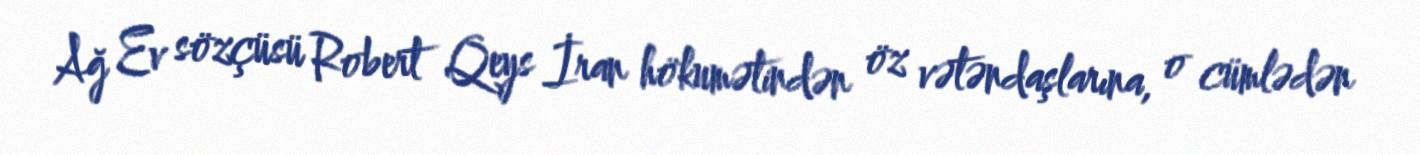
Ağ Ev sözçüsü Robert Qeys İran hökumətindən öz vətəndaşlarına, o cümlədən